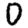
Digit: 0